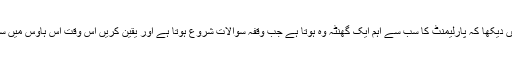
سولہ برس کے اس عرصہ میں دیکھا کہ پارلیمنٹ کا سب سے اہم ایک گھنٹہ وہ ہوتا ہے جب وقفہ سوالات شروع ہوتا ہے اور یقین کریں اس وقت اس ہاؤس میں سب سے کم حاضری ہوتی ہے۔